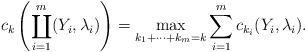
LaTeX: \begin{align*}c_k\left(\coprod_{i=1}^m(Y_i,\lambda_i)\right) = \max_{k_1+\cdots+k_m=k} \sum_{i=1}^m c_{k_i}(Y_i,\lambda_i).\end{align*}